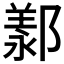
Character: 𫑩